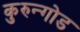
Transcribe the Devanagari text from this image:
कुरुन्गोड